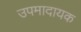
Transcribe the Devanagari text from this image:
उपमादायक